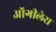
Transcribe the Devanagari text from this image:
ऑगीलेरा